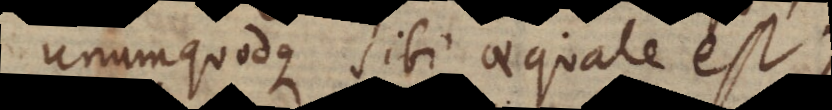
unumquodque sibi aequale est).